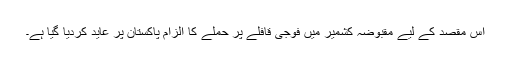
اس مقصد کے لیے مقبوضہ کشمیر میں فوجی قافلے پر حملے کا الزام پاکستان پر عاید کردیا گیا ہے۔